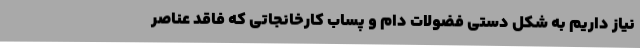
نیاز داریم به شکل دستی فضولات دام و پساب کارخانجاتی که فاقد عناصر